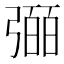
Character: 𢐤